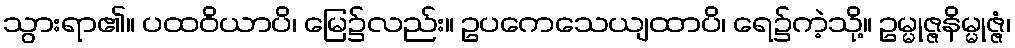
သွားရာ၏။ ပထဝိယာပိ၊ မြေ၌လည်း။ ဥပကေသေယျထာပိ၊ ရေ၌ကဲ့သို့။ ဥမ္မုဇ္ဇနိမ္မုဇ္ဇံ၊